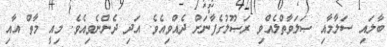
ބާލައި ސަލާމާއި ޞަލަވާތްލެއްވި ރަޞޫލުގެފާނަށް ދެއްވިއެވެ. އަދި ދެންނެވިއެވެ. މިއީ މާތް އާއި